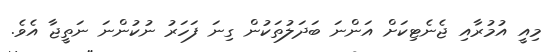
މިއީ އުމުރާއި ޖެނެޓިކަށް އަންނަ ބަދަލުތަކުން ގިނަ ފަހަރު ނުކުންނަ ނަތީޖާ އެވެ.